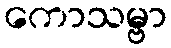
ကောသမ္ဗာ